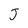
Character: J